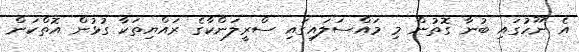
އެ ނޫހުގައި ބުނާ ގޮތުން މި މައްސަލައިގައި ސްރީލަންކާގެ ރައްޔިތަކާ ގުޅުން އޮތްކަން